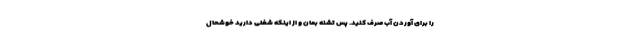
را برای آوردن آب صرف کنید. پس تشنه بمان و از اینکه شغلی دارید خوشحال